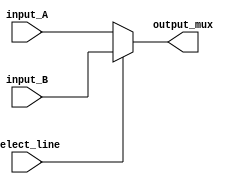
module MUX_2to1x4 (select_line, input_A, input_B, output_mux);

input select_line;
input [3:0] input_A, input_B;
output [3:0] output_mux;

reg [3:0] output_mux;

always @(select_line or input_A or input_B)
begin
	if (select_line == 1'b0)
		output_mux = input_A;
	else
		output_mux = input_B;
end

endmodule